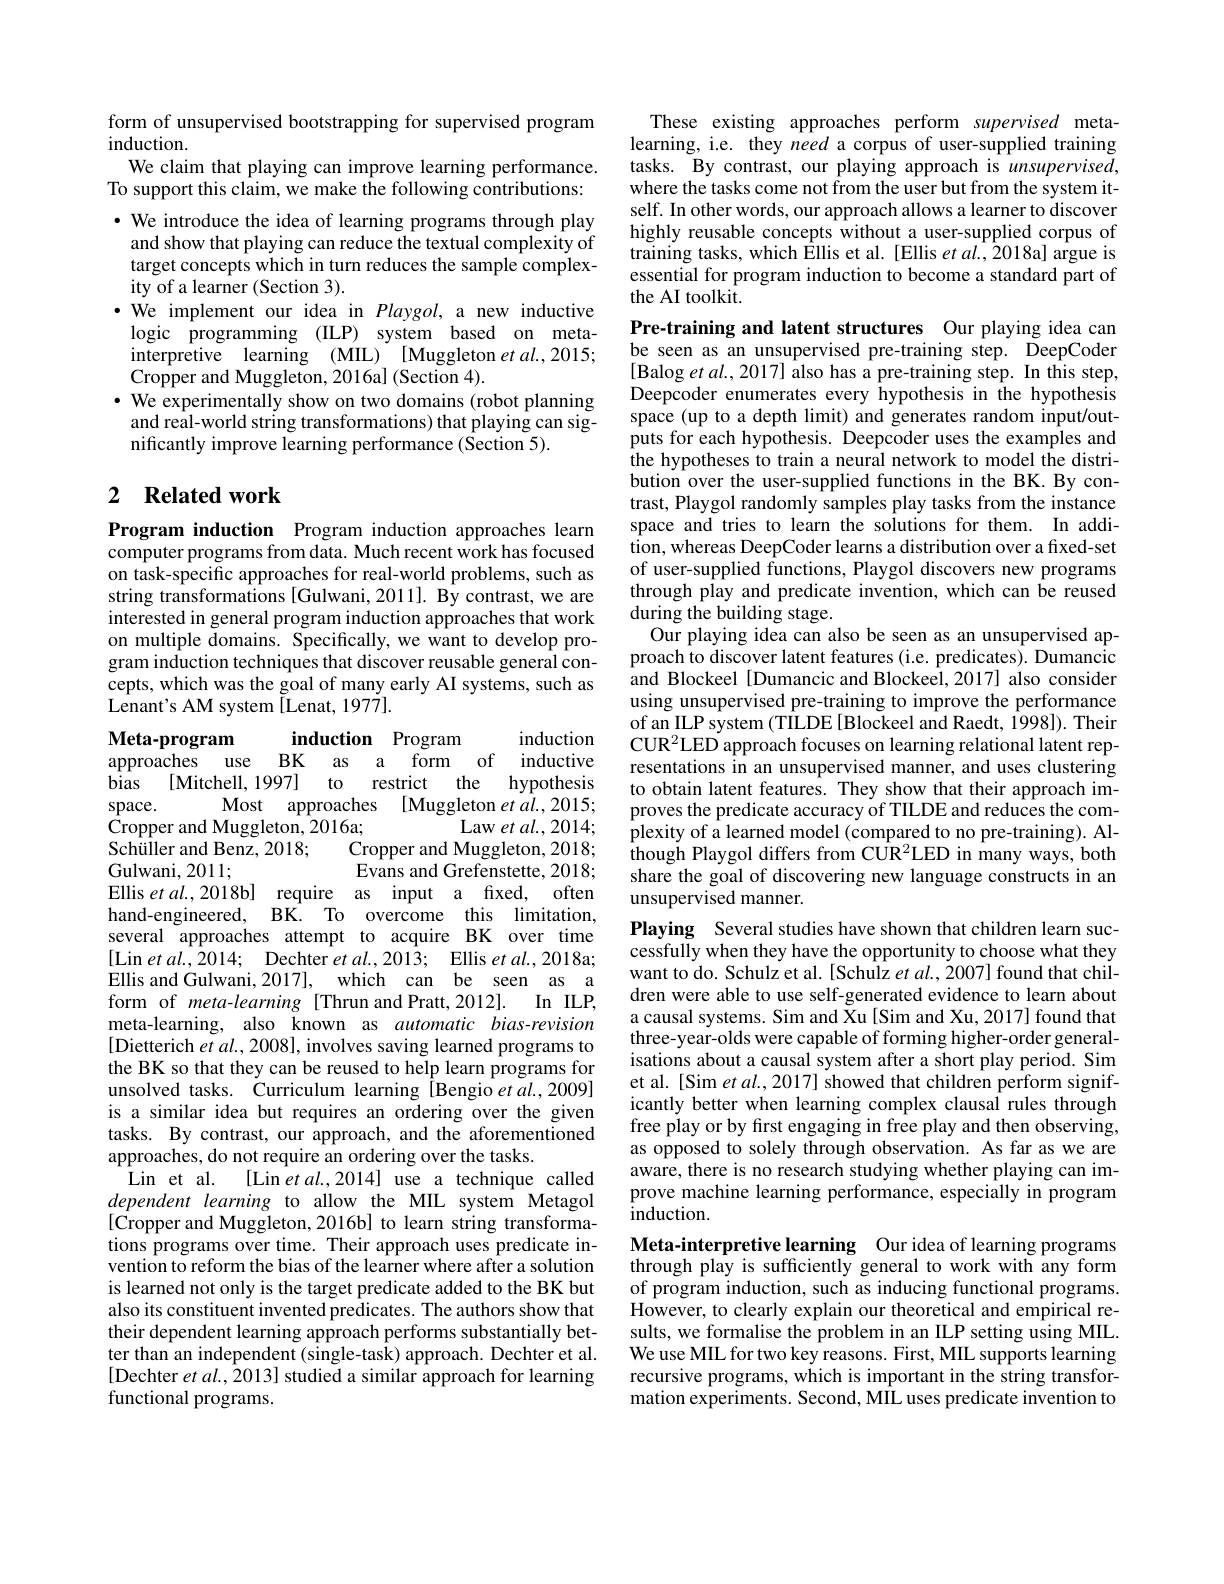
form of unsupervised bootstrapping for supervised program
induction
We claim that playing can improve learning performance. To support this claim, we make the following contributions: $\bullet$ We introduce the idea of learning programs through play
and show that playing can reduce the textual complexity of target concepts which in turn reduces the sample complexity of a learner (Section 3).
·We implement our idea in Playgol, a new inductive logic programming (ILP) system based on metainterpretive learning (MIL) [Muggleton et al.,2015; ${\mathrm{Cropper~and~Muggleton,~2016a]~(Section~4).}}$
$\bullet$ We experimentally show on two domains (robot planning
and real-world string transformations) that playing can sig-
nificantly improve learning performance (Section 5).

## 2 $\textbf{Related work}$

Program induction Program induction approaches learn computer programs from data. Much recent work has focused on task-specific approaches for real-world problems, such as string transformations[Gulwani,2011]. By contrast, we are interested in general program induction approaches that work on multiple domains. Specifically, we want to develop program induction techniques that discover reusable general concepts, which was the goal of many early AI systems, such as Lenant's AM system [Lenat, 1977].

induction
Meta-program
induction Program
approaches use BK as a form of inductive
bias
[Mitchell, 1997] to restrict the hypothesis
$space.$
Most approaches [Muggleton et al.,2015;
${\text{Cropper and Muggleton, 2016a;}}$
Law et al., 2014;
Schüller and Benz, 2018;
Cropper and Muggleton, 2018;
Gulwani, 2011;
Evans and Grefenstette, 2018;
Ellis et al., 2018b] require as input a fixed, often hand-engineered, BK. To overcome this limitation, several approaches attempt to acquire BK over time [Lin et al.,2014; Dechter et al.,2013; Ellis et al.,2018a; Ellis and Gulwani, 2017], which can be seen as a
In ILP,
form of meta-learning [Thrun and Pratt, 2012].
meta-learning, also known as automatic bias-revision [Dietterich $etal,2008]$,involves saving learned programs to the BK so that they can be reused to help learn programs for unsolved tasks. Curriculum learning [Bengio et al.,2009] is a similar idea but requires an ordering over the given tasks. By contrast, our approach, and the aforementioned approaches, do not require an ordering over the tasks.
Lin et al.
[Lin et al., 2014] use a technique called
dependent learning to allow the MIL system Metagol [Cropper and Muggleton,2016b] to learn string transformations programs over time. Their approach uses predicate invention to reform the bias of the learner where after a solution is learned not only is the target predicate added to the BK but also its constituent invented predicates. The authors show that their dependent learning approach performs substantially better than an independent (single-task) approach. Dechter et al. [Dechter $etal.,2013]$ studied a similar approach for learning functional programs.

These existing approaches perform supervised metalearning, i.e. they need a corpus of user-supplied training tasks. By contrast, our playing approach is unsupervised, where the tasks come not from the user but from the system itself. In other words, our approach allows a learner to discover highly reusable concepts without a user-supplied corpus of training tasks, which Êllis et al. [Ellis et al., $\hat{2}018$a] argue is essential for program induction to become a standard part of the AI toolkit.

Pre-training and latent structures Our playing idea can be seen as an unsupervised pre-training step. DeepCoder [Balog et $al.,2017]$ also has a pre-training step. In this step, Deepcoder enumerates every hypothesis in the hypothesis space (up to a depth limit) and generates random input/outputs for each hypothesis. Deepcoder uses the examples and $\hat{\text{the hypotheses to train a neural network to model the distri-}}$ bution over the user-supplied functions in the BK. By contrast, Playgol randomly samples play tasks from the instance space and tries to learn the solutions for them. In addition, whereas DeepCoder learns a distribution over a fixed-set of user-supplied functions, Playgol discovers new programs through play and predicate invention, which can be reused during the building stage.
Our playing idea can also be seen as an unsupervised approach to discover latent features (i.e. predicates). Dumancic and Blockeel [Dumancic and Blockeel, 2017] also consider using unsupervised pre-training to improve the performance of an ILP system (TILDE [Blockeel and Raedt, 1998]). Their CUR$^{2}$LED approach focuses on learning relational latent representations in an unsupervised manner, and uses clustering to obtain latent features. They show that their approach improves the predicate accuracy of TILDE and reduces the complexity of a learned model (compared to no pre-training). Although Playgol differs from CU$R^{2}$LED in many ways, both share the goal of discovering new language constructs in an unsupervised manner.
Playing Several studies have shown that children learn successfully when they have the opportunity to choose what they want to do. Schulz et al. [Schulz et al., 2007] found that children were able to use self-generated evidence to learn about a causal systems. Sim and Xu[Sim and Xu, 2017] found that three-year-olds were capable of forming higher-order generalisations about a causal system after a short play period. Sim et al. [Sim et al., 2017] showed that children perform significantly better when learning complex clausal rules through free play or by first engaging in free play and then observing, as opposed to solely through observation. As far as we are aware, there is no research studying whether playing can improve machine learning performance, especially in program ${\hat{\mathrm{induction}}}.$
Meta-interpretive learning Our idea of learning programs

through play is sufficiently general to work with any form of program induction, such as inducing functional programs. However, to clearly explain our theoretical and empirical results, we formalise the problem in an ILP setting using MIL. We use MIL for two key reasons. First, MIL supports learning recursive programs, which is important in the string transformation experiments. Second, MÎL uses predicate invention to